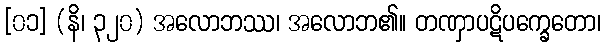
[၀၁] (နိ၊ ၃၂၀) အလောဘဿ၊ အလောဘ၏။ တဏှာပဋိပက္ခေတော၊